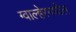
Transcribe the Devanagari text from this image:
ग्वाल्हेरमधील